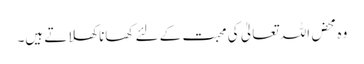
و ہ محض اللہ تعالیٰ کی محبت کے لئے کھانا کھلاتے ہیں۔